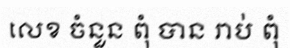
លេខ ចំនួន ពុំ បាន រាប់ ពុំ